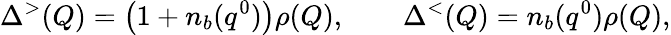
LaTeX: \Delta^{>}(Q)=\left(1+n_{b}(q^{0})\right)\rho(Q),\qquad\Delta^{<}(Q)=n_{b}(q^{0})\rho(Q),